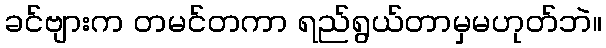
ခင်ဗျားက တမင်တကာ ရည်ရွယ်တာမှမဟုတ်ဘဲ။